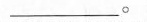
___。